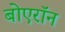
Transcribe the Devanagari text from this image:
बोएरॉन